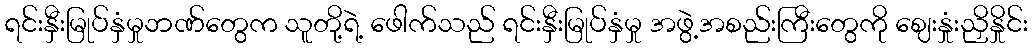
ရင်းနှီးမြုပ်နှံမှုဘဏ်တွေက သူတို့ရဲ့ ဖေါက်သည် ရင်းနှီးမြုပ်နှံမှု အဖွဲ့အစည်းကြီးတွေကို ဈေးနှုံးညှိနှိုင်း